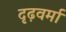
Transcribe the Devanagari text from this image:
दृढ़वर्मा